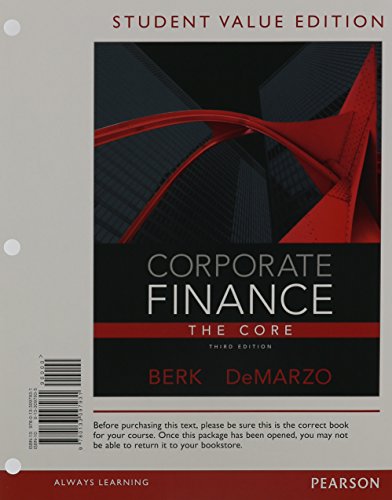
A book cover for Corporate Finance: The Core, Student Value Edition Plus NEW MyFinanceLab with Pearson eText ---Access Card Package (3rd Edition) (Pearson Series in Finance); Jonathan Berk; Business & Money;